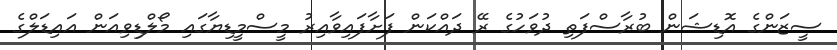
ސީޒަންގެ އޮޑިޝަން ބުރާސްފަތި ދުވަހުގެ ރޭ ދައްކަން ފަށާފައިވާއިރު މީސްމީޑިޔާގައި މޯލްޑިވިއަން އައިޑަލްގެ